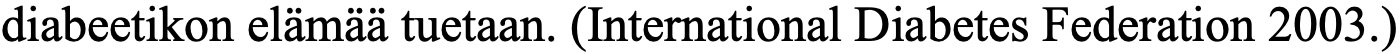
diabeetikon elämää tuetaan. (International Diabetes Federation 2003.)